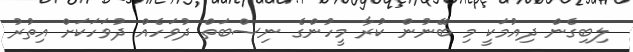
ލިބިގެން ދިއުމަކީ މި ބޭނުން ކުރާ މީހުންގެ ނިސްބަތް ދުވަހެއް ދުވަހަކަށް އިތުރު